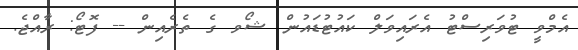
އެމްވީ ޓުވަރިސްޓު އެރައިވަލް ކައުޓުޑައުން ޝޯވ ގެ ތެރެއިން -- ފޮޓޯ: ރާއްޖެ.